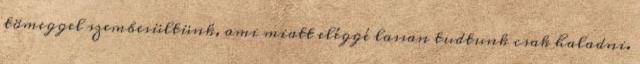
tömeggel szembesültünk, ami miatt eléggé lassan tudtunk csak haladni.